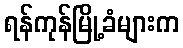
ရန်ကုန်မြို့ခံများက